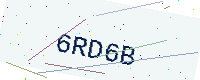
Text: 6RD6B